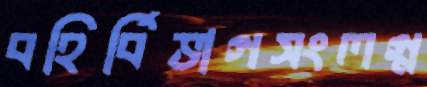
বহির্বিভাগসংলগ্ন